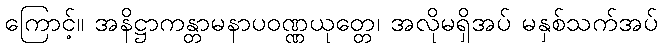
ကြောင့်။ အနိဋ္ဌာကန္တာမနာပဝဏ္ဏယုတ္တေ၊ အလိုမရှိအပ် မနှစ်သက်အပ်